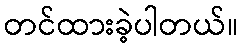
တင်ထားခဲ့ပါတယ်။